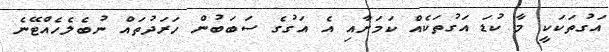
އަގުތަކަކީ މާ ކުޑަ އަގުތަކެއް ކަމަށާއި އެ އަގުގެ ސަބަބުން ހަރަދުތައް ނުބެލެހެއްޓޭނެ